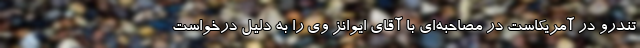
تندرو در آمریکاست در مصاحبه‌ای با آقای ایوانز وی را به دلیل درخواست